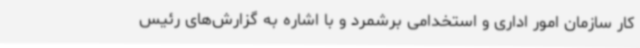
کار سازمان امور اداری و استخدامی برشمرد و با اشاره به گزارش‌های رئیس